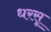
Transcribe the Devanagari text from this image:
धरसू